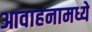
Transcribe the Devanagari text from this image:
आवाहनामध्ये